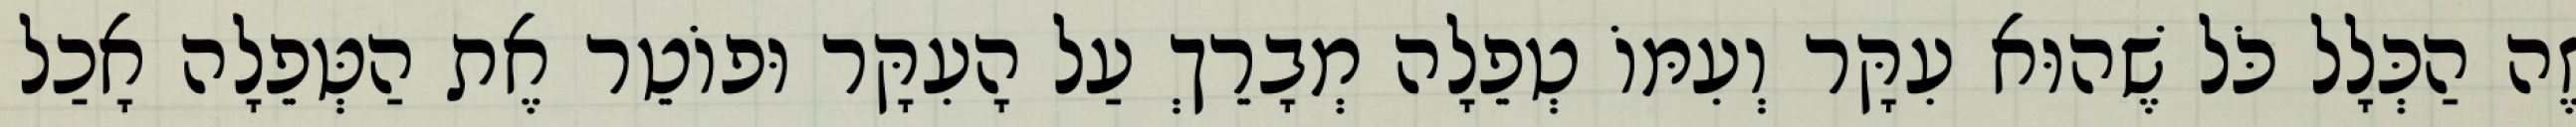
זֶה הַכְּלָל כֹּל שֶׁהוּא עִקָּר וְעִמּוֹ טְפֵלָה מְבָרֵךְ עַל הָעִקָּר וּפוֹטֵר אֶת הַטְּפֵלָה אָכַל